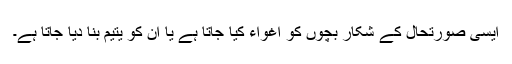
ایسی صورتحال کے شکار بچوں کو اغواء کیا جاتا ہے یا ان کو یتیم بنا دیا جاتا ہے۔